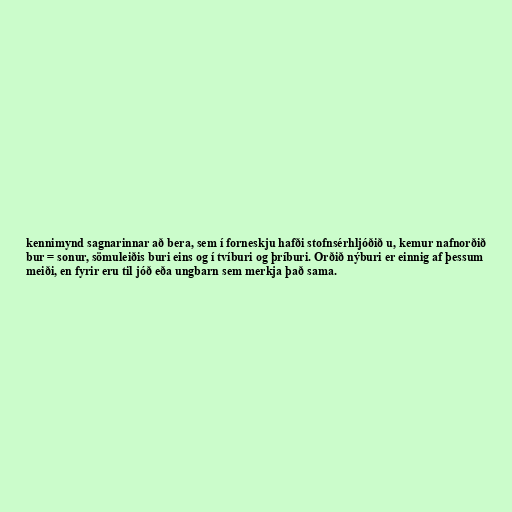
kennimynd sagnarinnar að bera, sem í forneskju hafði stofnsérhljóðið u, kemur nafnorðið
bur = sonur, sömuleiðis buri eins og í tvíburi og þríburi. Orðið nýburi er einnig af þessum
meiði, en fyrir eru til jóð eða ungbarn sem merkja það sama.